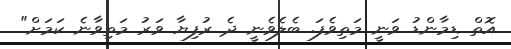
އޮތް ޑިމާންޑު ވަނީ މަތިވެފަ. ބެލެވެނީ ދެ ރުފިޔާ ވަރު މަތިވާނެ ކަމަށް"